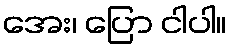
အေး၊ ပြော ငါပါ။